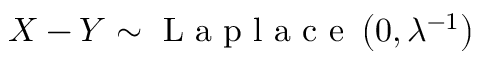
X - Y \sim { \textrm { L a p l a c e } } \left( 0 , \lambda ^ { - 1 } \right)